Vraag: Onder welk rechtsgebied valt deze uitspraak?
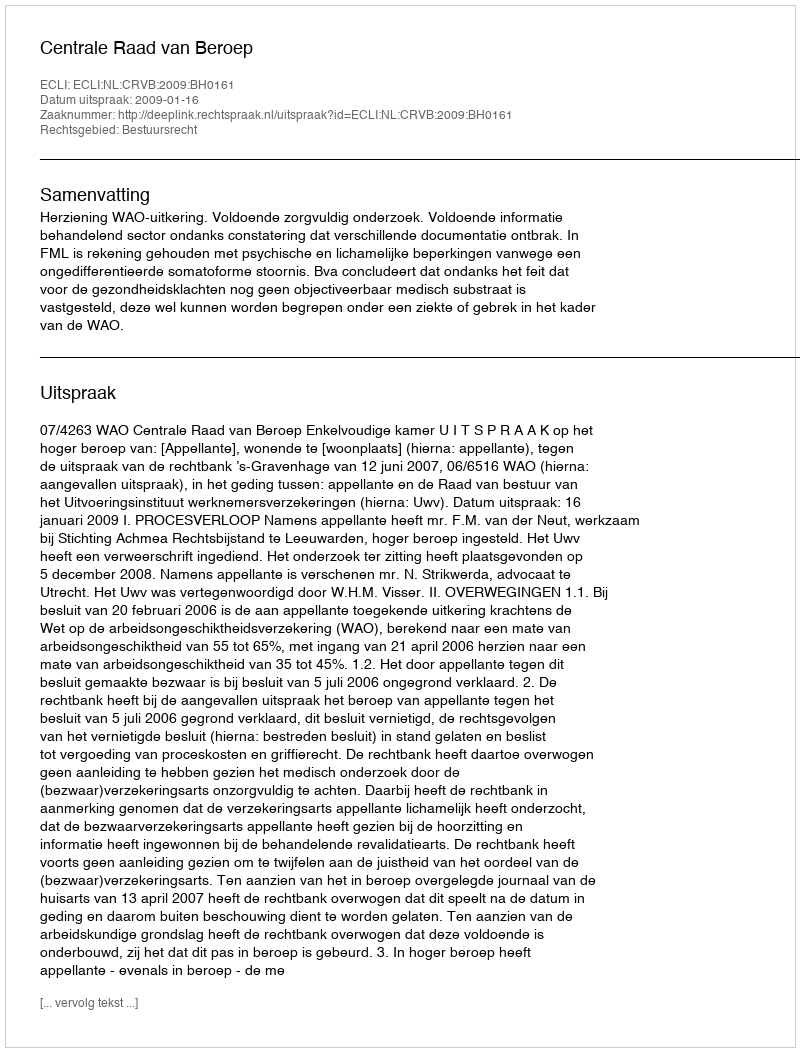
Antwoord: Bestuursrecht